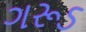
ગરૂડ